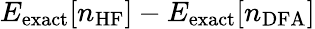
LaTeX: E_{\mathrm{exact}}[n_{\mathrm{HF}}]-E_{\mathrm{exact}}[n_{\mathrm{DFA}}]